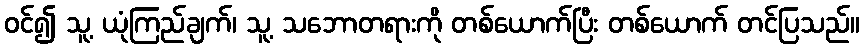
ဝင်၍ သူ့ ယုံကြည်ချက်၊ သူ့ သဘောတရားကို တစ်ယောက်ပြီး တစ်ယောက် တင်ပြသည်။